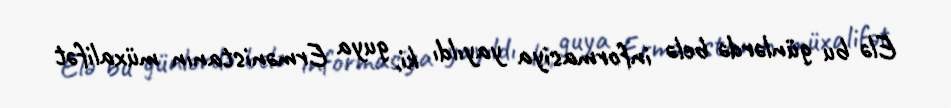
Elə bu günlərdə belə informasiya yayıldı ki, guya Ermənistanın müxalifət